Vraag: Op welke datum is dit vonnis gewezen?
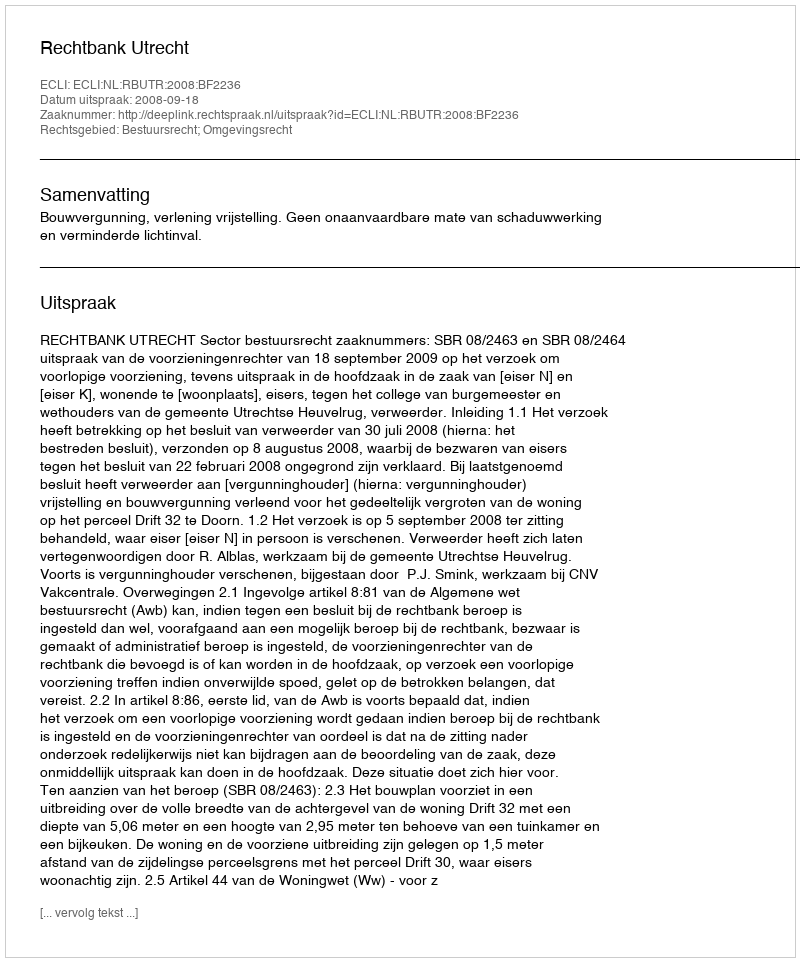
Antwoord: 2008-09-18